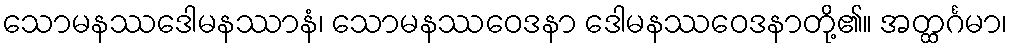
သောမနဿဒေါမနဿာနံ၊ သောမနဿဝေဒနာ ဒေါမနဿဝေဒနာတို့၏။ အတ္ထင်္ဂမာ၊